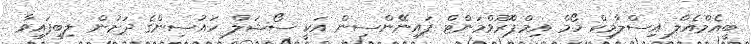
ބީއެމްއެލް އިސްލާމިކް ހޯމް އިމްޕްރޫވްމަންޓް ފައިނޭންސިން އަކީ ސޯޝަލް ހައުސިންގެ ދަށުން ލިބިފައިވާ